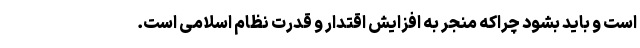
است و باید بشود چراکه منجر به افزایش اقتدار و قدرت نظام اسلامی است.